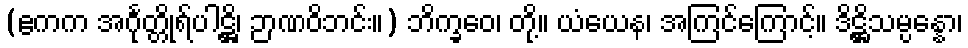
(ဧကက အင်္ဂုတ္တိုရ်ပါဋ္ဌိ၊ ဉာဏဝိဘင်း။) ဘိက္ခဝေ၊ တို့။ ယံယေန၊ အကြင်ကြောင့်။ ဒိဋ္ဌိသမ္ပန္နော၊